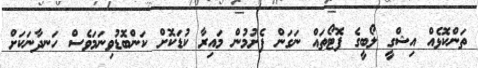
ތަންކޮޅެއް އިޝްގީ ލޯބީގެ ފޮޓޯތައް ނަގަން ފެށުމުން މައިރާ ކުޑަކޮށް ކަންބޮޑުވިނަމަވެސް ހަނދާނަކަށް